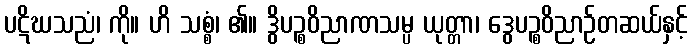
ပဋိဃသညံ၊ ကို။ ဟိ သစ္စံ၊ ၏။ ဒွိပဉ္စဝိညာဏသမ္ပ ယုတ္တာ၊ ဒွေပဉ္စဝိညာဉ်တဆယ်နှင့်